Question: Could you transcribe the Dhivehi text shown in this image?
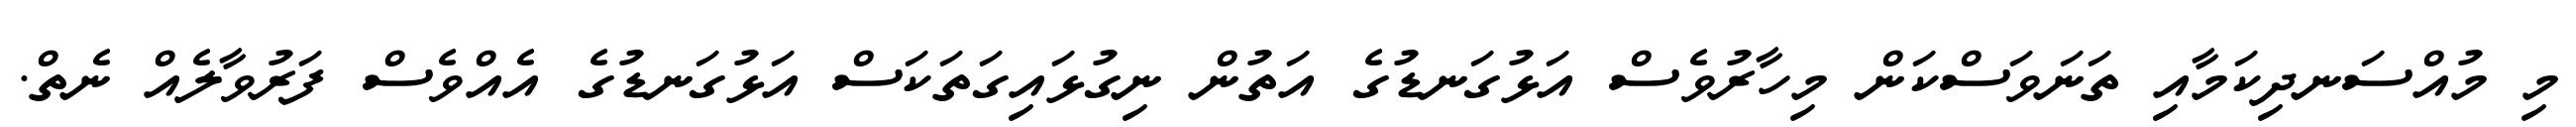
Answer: މި މުއްސަނދިކަމާއި ތަނަވަސްކަން މިހާރުވެސް އަޅުގަނޑުގެ އަތުން ނިގުޅައިގަތަކަސް އަޅުގަނޑުގެ އެއްވެސް ފަރުވާލެއް ނެތް.